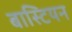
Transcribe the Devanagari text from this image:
बास्टियन